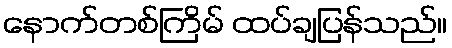
နောက်တစ်ကြိမ် ထပ်ချပြန်သည်။